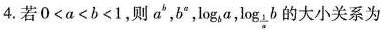
4.若$$0 < a < b < 1$$,则a^{b},b^{a},log _{b} a, \log_{ \frac{1}{a}}b大小关系为